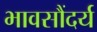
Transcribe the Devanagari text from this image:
भावसौंदर्य